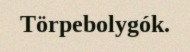
Törpebolygók.